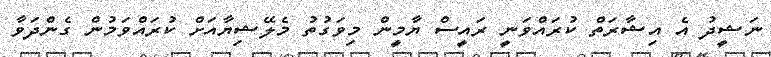
ނަޝީދު އެ އިޝާރަތް ކުރައްވަނީ ރައީސް ޔާމީން މިވަގުތު މެލޭޝިޔާއަށް ކުރައްވަމުން ގެންދަވާ